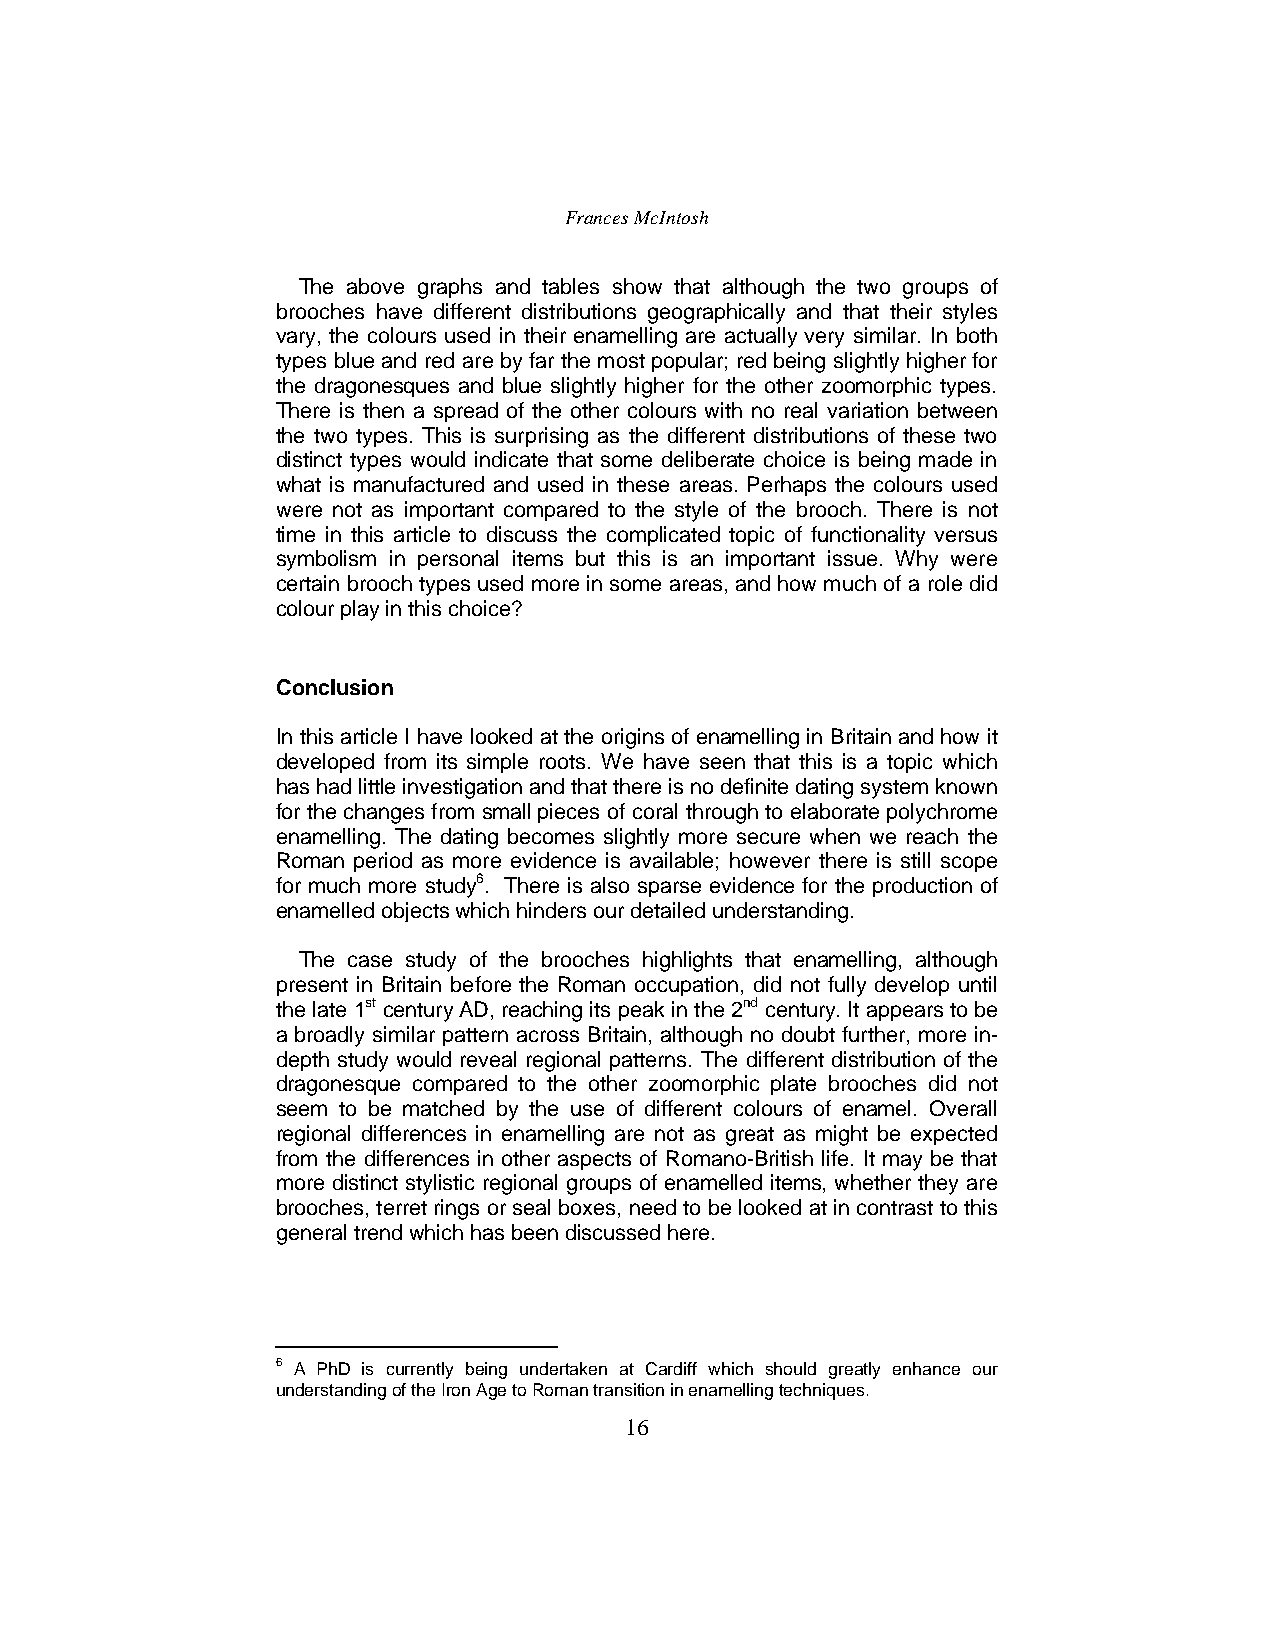
Frances McIntosh
 The above graphs and tables show that although the two groups of
 brooches have different distributions geographically and that their styles
 vary, the colours used in their enamelling are actually very similar. In both
 types blue and red are by far the most popular; red being slightly higher for
 the dragonesques and blue slightly higher for the other zoomorphic types.
 There is then a spread of the other colours with no real variation between
 the two types. This is surprising as the different distributions of these two
 distinct types would indicate that some deliberate choice is being made in
 what is manufactured and used in these areas. Perhaps the colours used
 were not as important compared to the style of the brooch. There is not
 time in this article to discuss the complicated topic of functionality versus
 symbolism in personal items but this is an important issue. Why were
 certain brooch types used more in some areas, and how much of a role did
 colour play in this choice?
 Conclusion
 In this article I have looked at the origins of enamelling in Britain and how it
 developed from its simple roots. We have seen that this is a topic which
 has had little investigation and that there is no definite dating system known
 for the changes from small pieces of coral through to elaborate polychrome
 enamelling. The dating becomes slightly more secure when we reach the
 Roman period as more evidence is available; however there is still scope
 for much more study6. There is also sparse evidence for the production of
 enamelled objects which hinders our detailed understanding.
 The case study of the brooches highlights that enamelling, although
 present in Britain before the Roman occupation, did not fully develop until
 the late 1st century AD, reaching its peak in the 2nd century. It appears to be
 a broadly similar pattern across Britain, although no doubt further, more in-
 depth study would reveal regional patterns. The different distribution of the
 dragonesque compared to the other zoomorphic plate brooches did not
 seem to be matched by the use of different colours of enamel. Overall
 regional differences in enamelling are not as great as might be expected
 from the differences in other aspects of Romano-British life. It may be that
 more distinct stylistic regional groups of enamelled items, whether they are
 brooches, terret rings or seal boxes, need to be looked at in contrast to this
 general trend which has been discussed here.
 6 A PhD is currently being undertaken at Cardiff which should greatly enhance our
 understanding of the Iron Age toRoman transition in enamelling techniques.
 16